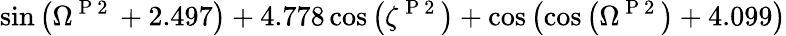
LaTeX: \sin{\left(\Omega^{\mathrm{~P~2~}}+2.497\right)}+4.778\cos{\left(\zeta^{\mathrm{~P~2~}}\right)}+\cos{\left(\cos{\left(\Omega^{\mathrm{~P~2~}}\right)}+4.099\right)}